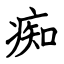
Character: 痴